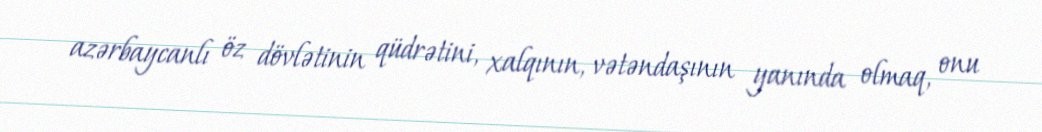
azərbaycanlı öz dövlətinin qüdrətini, xalqının, vətəndaşının yanında olmaq, onu